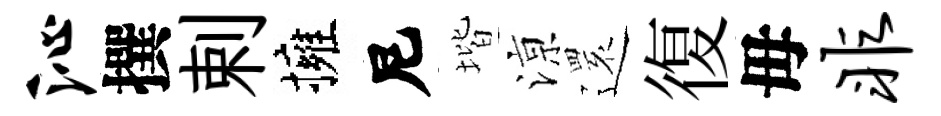
沁撰剌擁尼堦鿌𮟃復毋非